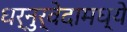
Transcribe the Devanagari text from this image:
धर्नुर्वेदामध्ये